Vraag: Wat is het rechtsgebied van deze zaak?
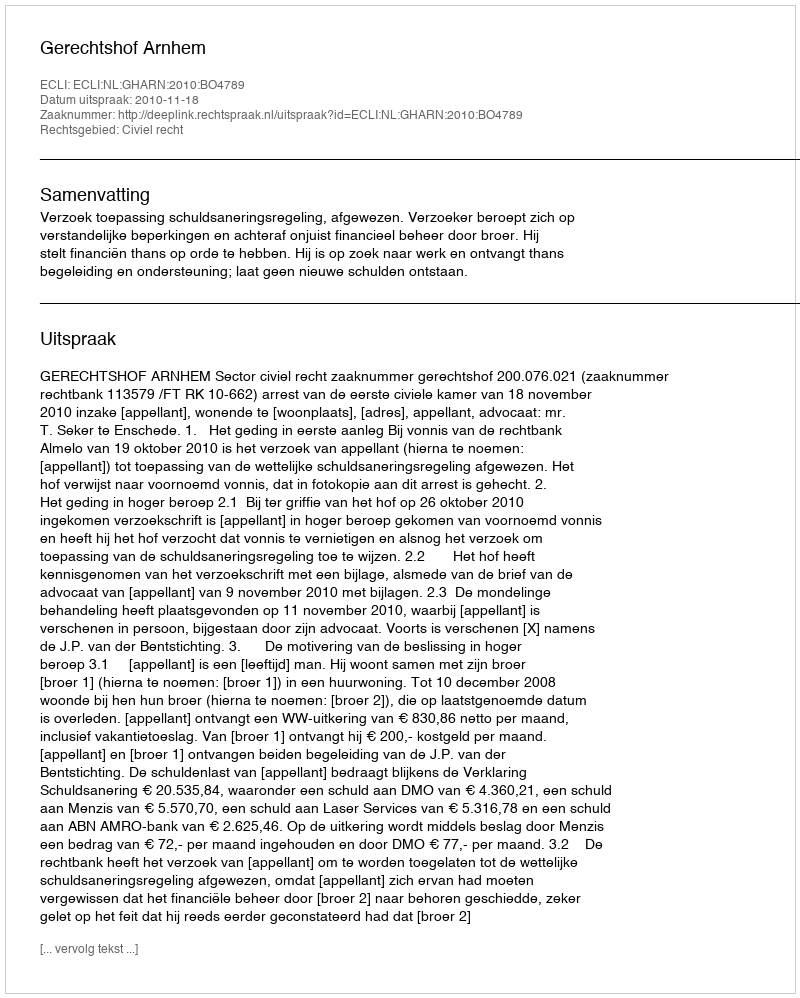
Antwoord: Civiel recht